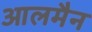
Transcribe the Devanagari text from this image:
आलमैन